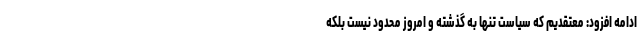
ادامه افزود: معتقدیم که سیاست تنها به گذشته و امروز محدود نیست بلکه